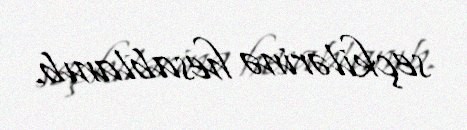
seçkilərinə hesablanıb.